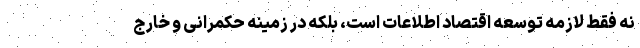
نه فقط لازمه توسعه اقتصاد اطلاعات است، بلکه در زمینه حکمرانی و خارج